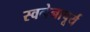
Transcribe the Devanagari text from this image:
स्वनेनापूर्य